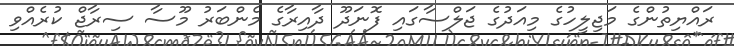
ރައްޔިތުންގެ މަޖިލީހުގެ މިއަދުގެ ޖަލްސާގައި ފޮނަދޫ ދާއިރާގެ މެންބަރު މޫސާ ސިރާޖް ކުރެއްވި